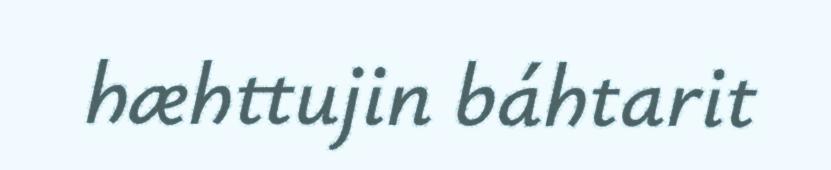
hæhttujin báhtarit